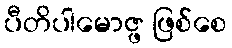
ပီတိပါမောဇ္ဖ ဖြစ်စေ